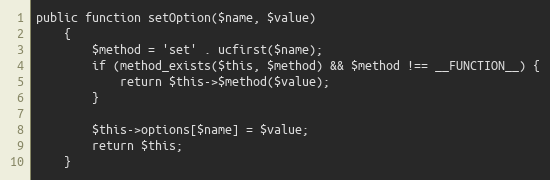
Language: PHP
public function setOption($name, $value)
    {
        $method = 'set' . ucfirst($name);
        if (method_exists($this, $method) && $method !== __FUNCTION__) {
            return $this->$method($value);
        }

        $this->options[$name] = $value;
        return $this;
    }